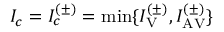
I _ { c } = I _ { c } ^ { ( \pm ) } = \mathrm { m i n } \{ I _ { \mathrm { V } } ^ { ( \pm ) } , I _ { \mathrm { A V } } ^ { ( \pm ) } \}